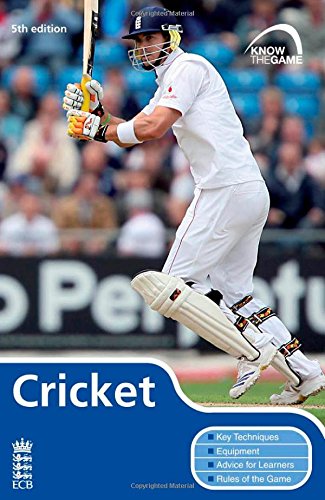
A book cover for Cricket (Know the Game); England And Wales Cricket Board; Sports & Outdoors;